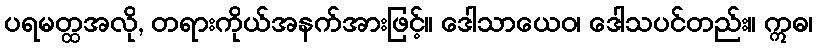
ပရမတ္ထအလို, တရားကိုယ်အနက်အားဖြင့်။ ဒေါသာယေဝ၊ ဒေါသပင်တည်း။ ဣဓ၊